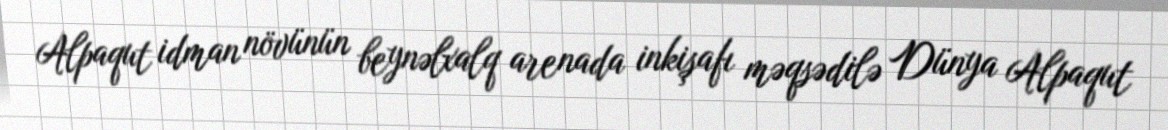
Alpaqut idman növünün beynəlxalq arenada inkişafı məqsədilə Dünya Alpaqut